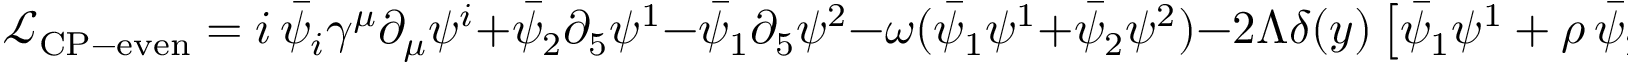
\mathcal { L } _ { \mathrm { C P - e v e n } } = i \, \bar { \psi } _ { i } \gamma ^ { \mu } \partial _ { \mu } \psi ^ { i } + \bar { \psi } _ { 2 } \partial _ { 5 } \psi ^ { 1 } - \bar { \psi } _ { 1 } \partial _ { 5 } \psi ^ { 2 } - \omega ( \bar { \psi } _ { 1 } \psi ^ { 1 } + \bar { \psi } _ { 2 } \psi ^ { 2 } ) - 2 \Lambda \delta ( y ) \left[ \bar { \psi } _ { 1 } \psi ^ { 1 } + \rho \, \bar { \psi } _ { 2 } \psi ^ { 2 } \right]